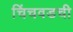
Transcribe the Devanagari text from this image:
चिंचवडची